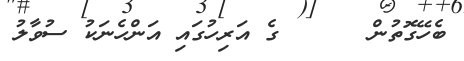
ބެހޭގޮތުން      ގެ އަރިހުގައި އަންހެނަކު ސުވާލު